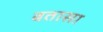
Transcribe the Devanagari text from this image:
बतासा